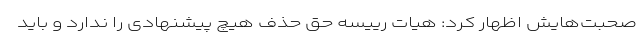
صحبت‌هایش اظهار کرد: هیات رییسه حق حذف هیچ پیشنهادی را ندارد و باید